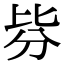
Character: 𣬄